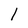
Character: l